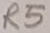
Text: R5